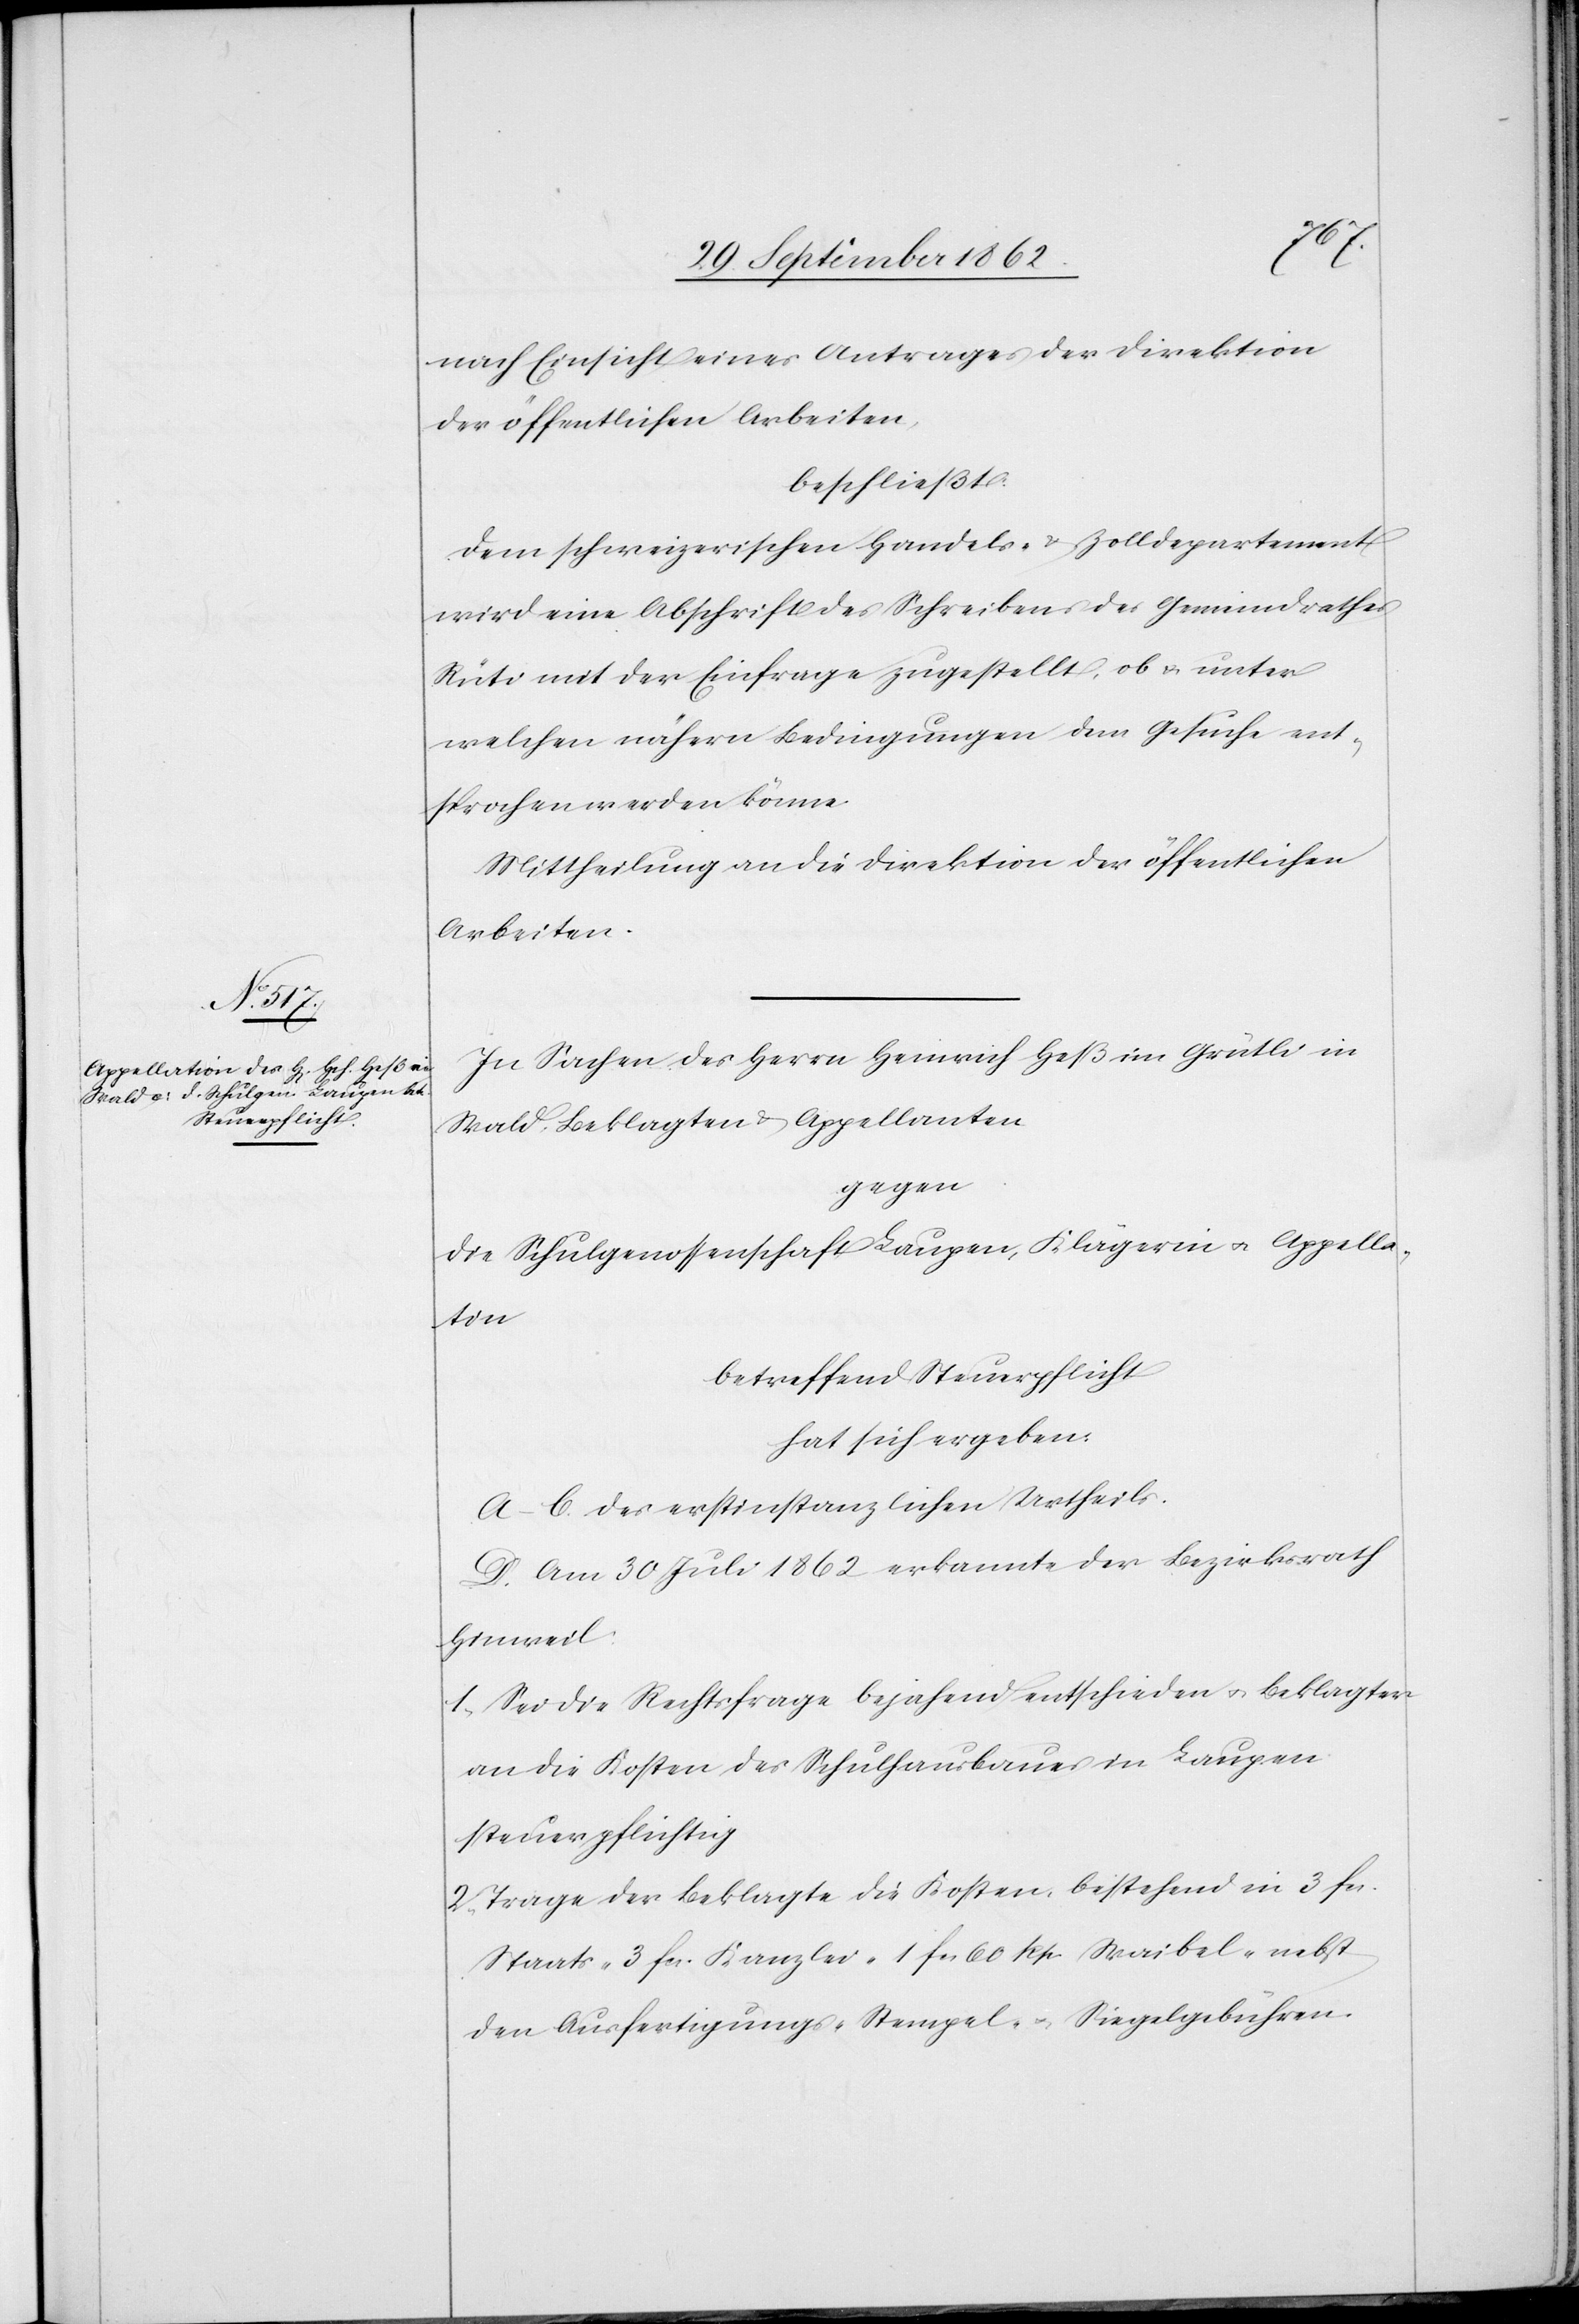
nach Einsicht eines Antrages der Direktion
der öffentlichen Arbeiten,
beschließt:
Dem schweizerischen Handels- u. Zolldepartement
wird eine Abschrift des Schreibens des Gemeindrathes
Rüti mit der Einfrage zugestellt, ob u. unter
welchen nähern Bedingungen dem Gesuche ent¬
sprochen werden könne.
Mittheilung an die Direktion der öffentlichen
Arbeiten.
In Sachen des Herrn Heinrich Heß im Grütli in
Wald, Beklagten u. Appellanten
gegen
Die Schulgenossenschaft Laupen, Klägerin u. Appella¬
tin
betreffend Steuerpflicht
hat sich ergeben:
A–C. des erstinstanzlichen Urtheils.
D. Am 30. Juli 1862 erkannte der Bezirksrath
Hinweil:
1. Sei die Rechtsfrage bejahend entschieden u. Beklagter
an die Kosten des Schulhausbaues in Laupen
steuerpflichtig.
2. Trage der Beklagte die Kosten, bestehend in 3 fcs.
Staats-[,] 3 fcs. Kanzlei-[,] 1 fcs 60 Rp. Waibel- nebst
den Ausfertigungs-[,] Stempel- u. Siegelgebühren.